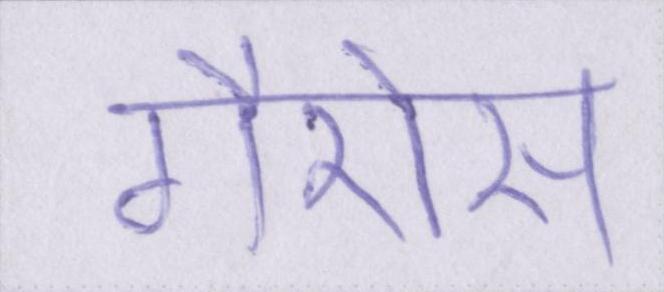
गैरोस